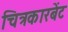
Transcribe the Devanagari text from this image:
चित्रकारबेंट